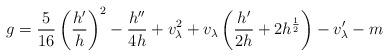
LaTeX: \begin{align*}g=\frac{5}{16}\left(\frac{h'}{h}\right)^2-\frac{h''}{4h}+v_\lambda^2+v_\lambda\left(\frac{h'}{2h}+2h^{\frac{1}{2}}\right)-v_\lambda '-m\end{align*}